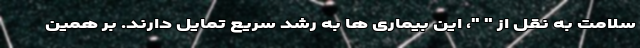
سلامت به نقل از " "، این بیماری ها به رشد سریع تمایل دارند. بر همین